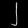
Digit: ၂